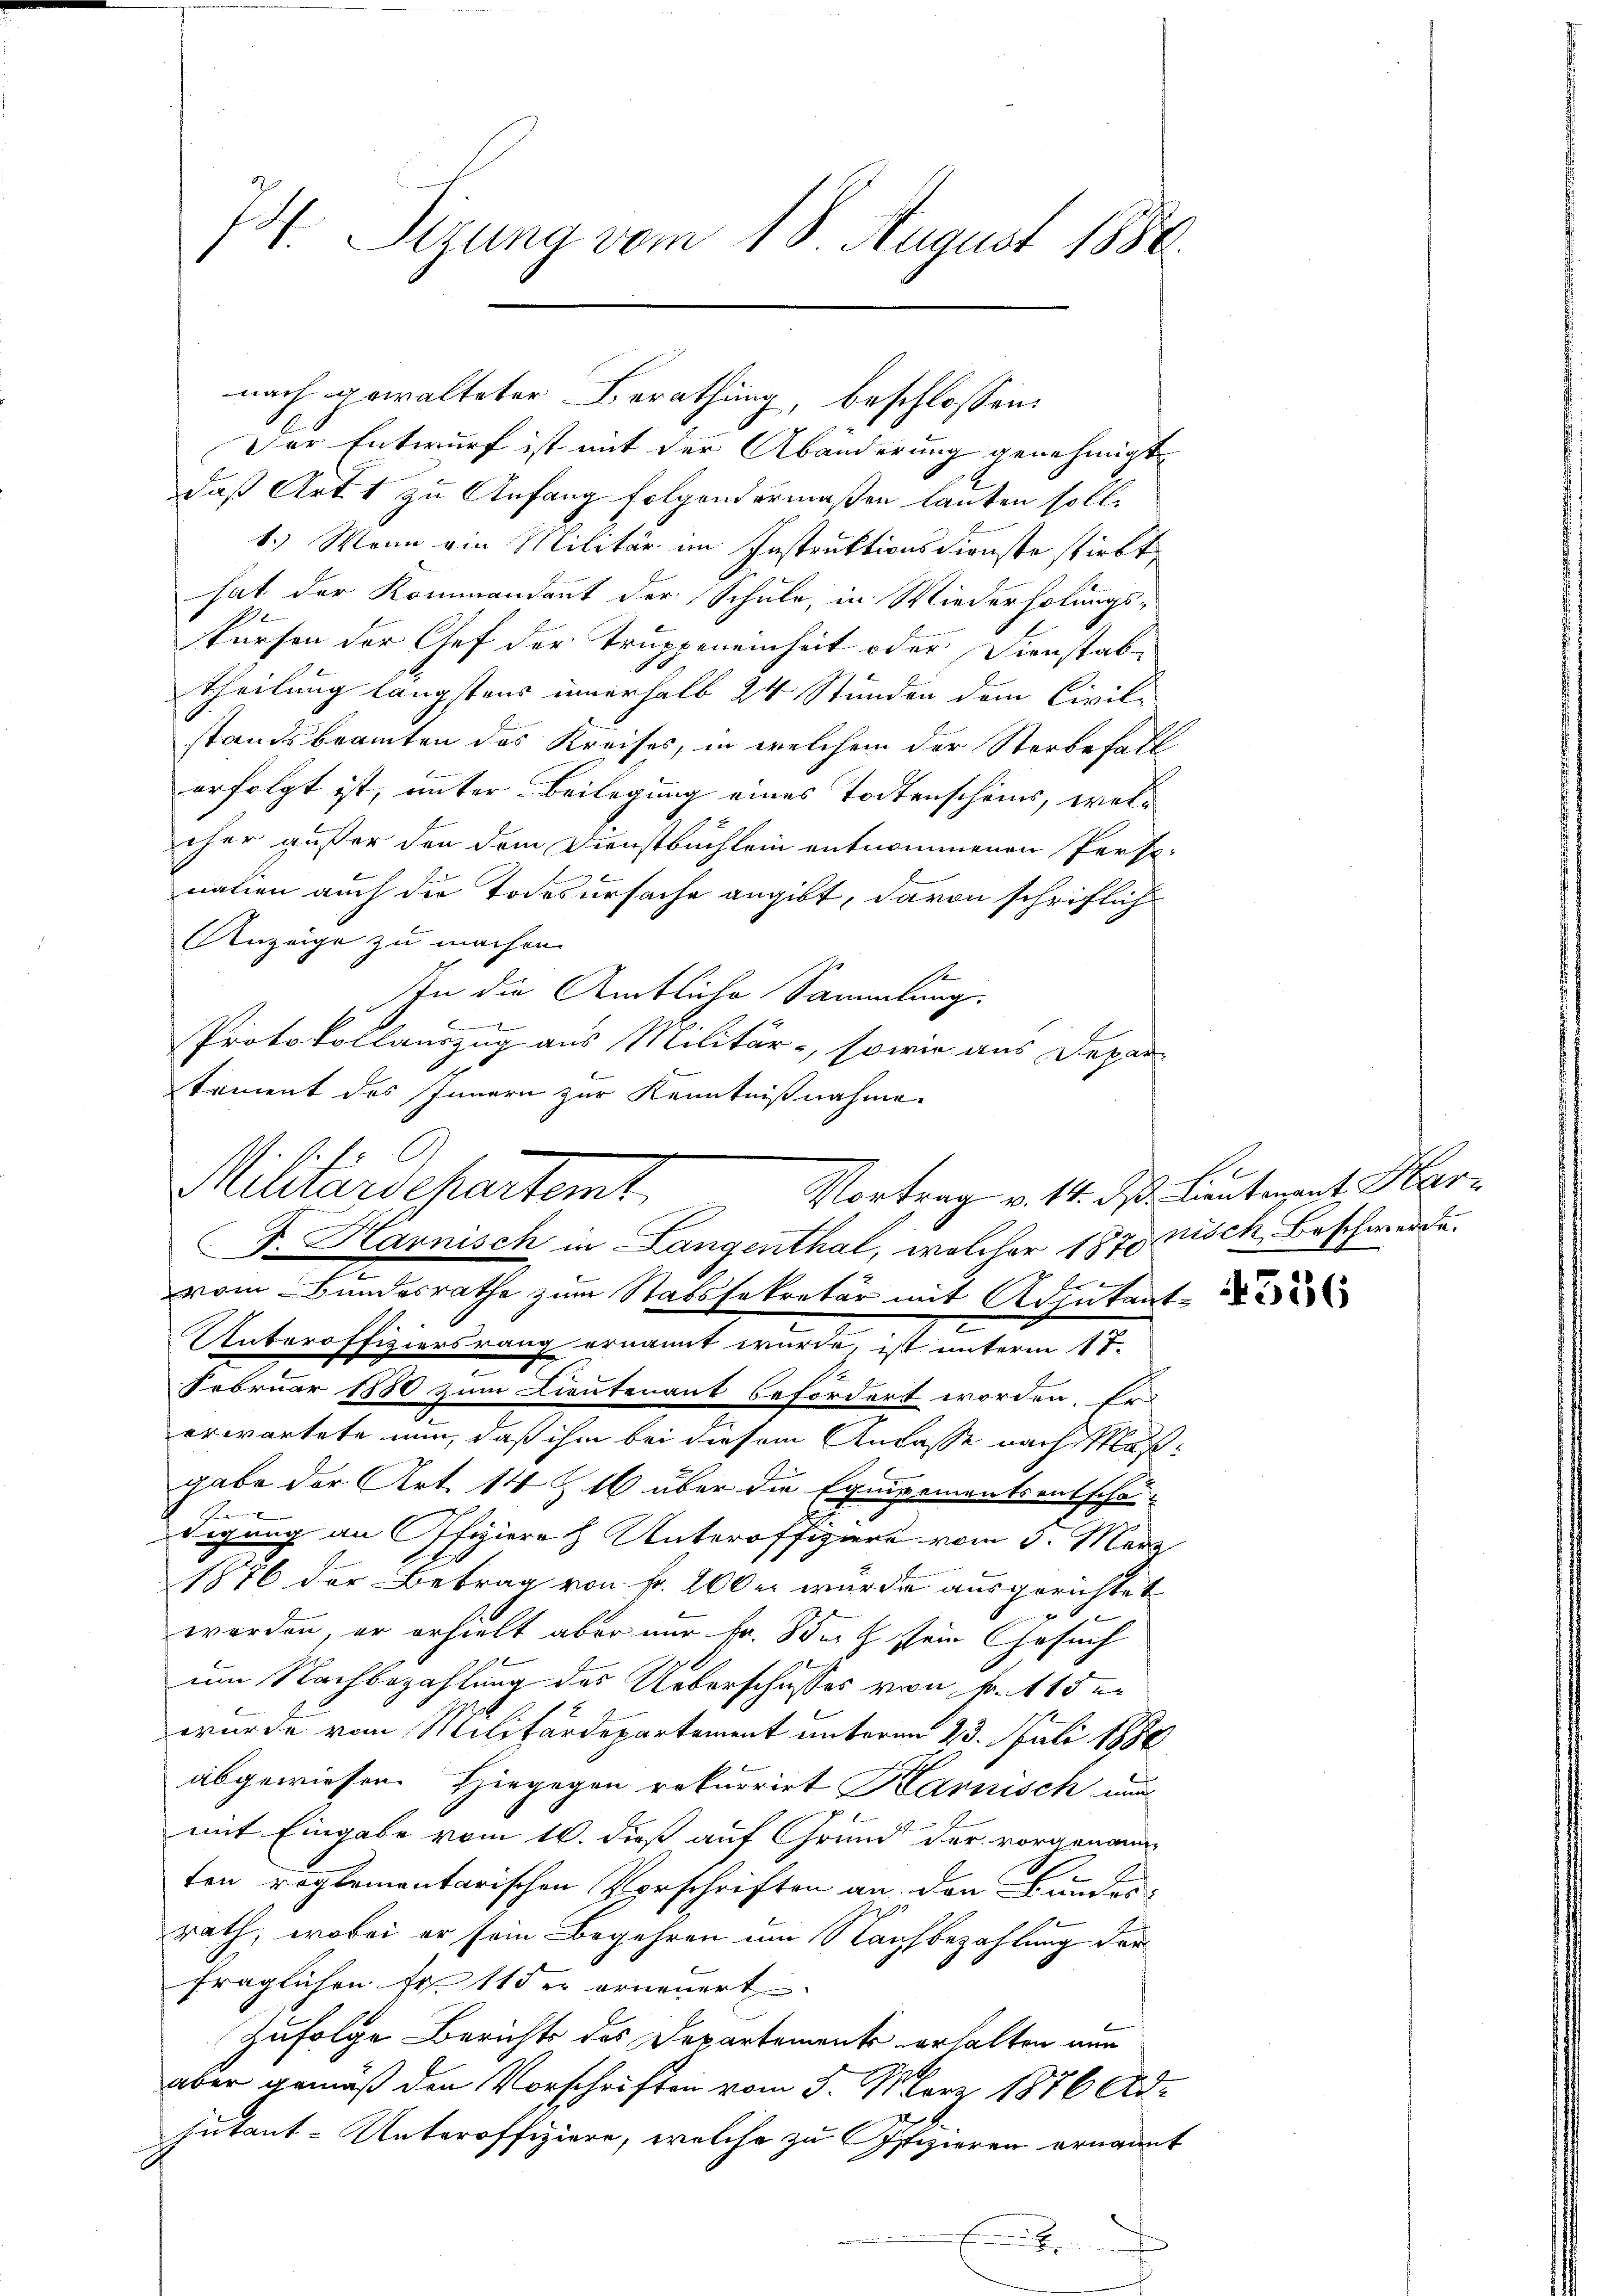
74. Sizung vom 18. August 1880.

Der Entwurf ist mit der Abänderung genehmigt
daß Art. 1 zu Anfang folgendermaßen lauten soll.
1.) Wenn ein Militär im Instruktionsdienste stirbt,
hat der Kommandant der Schule, in Wiederholungs-
1
türfen der Chef der Truppeneinheit oder Dienstab
theilung längstens innerhalb 24 Stunden dem Civil-
standsbeamten das Kreises, in welchem der Sterbefall
erfolgt ist, unter Beilegung eines Todtenscheins, welcher außer den dem Dienstbüchlein entnommenen Perso-
nation auch die Todesursache angibt, davon schriftlich
Anzeige zu machen.
In die Amtliche Sammlung.
.
Protokollauszug aus Militär-, sowie aus Depar-
toment des Innern zur Kenntnißnahme
A
C
vom Bundesrathe zum Stabssekretär mit Adjutant-
Unteroffiziersrang ernannt wurde, ist unterm 17.
Februar 1880 zum Lieutenant befordert worden. Er
2.
erwartete nun, daß ihm bei diesem Anlasse nachlaßgabe der Art. 141 über die Equipementsentschan
degang an fier Unteroffiziere vom 3. März
1876 der Betrag von fr. 200 er wurde ausgerichtet
werden, er erhielt aber nur Fr. oder sein Gesuch
um Nachbezahlung des Ueberschusses von Fr. 115 er
wurde vom Militärdepartement unterm 23. Juli 1880
abgewiesen. Hiegegen rekurrirt Karnisch au
mit Eingabe vom 16. dieß auf Grund der vorgenannten reglementarischen Vorschriften an den Bundes-
rath, wobei er sein Begehren um Nachbezahlung der
fraglichen Fr. 11 der erneuert.
Zufolge Berichts des Departemente erhalten nun
aber gemäß den Vorschriften vom 5. März 1876 Adjutant-Unteroffiziere, welche zu Offizieren ernannt
E

nach gewalteter Berathung, beschlossen:

Militärdepartemt. Vortrag v. 14. M. lauternt. Harz
V. Harnisch in Langenthal, welcher 1870 nisch Beschwerde.

356